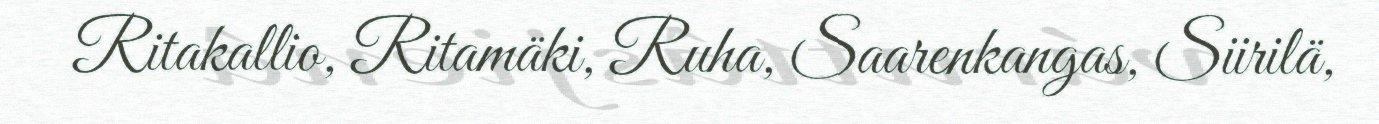
Ritakallio, Ritamäki, Ruha, Saarenkangas, Siirilä,